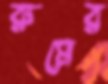
রুমের